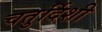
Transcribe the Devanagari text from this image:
चतुर्दिशी